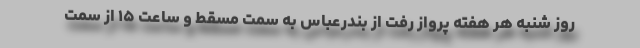
روز شنبه هر هفته پرواز رفت از بندرعباس به سمت مسقط و ساعت ۱۵ از سمت